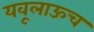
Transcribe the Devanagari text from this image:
यवूलाऊच